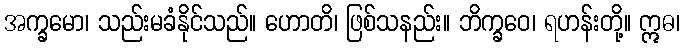
အက္ခမော၊ သည်းမခံနိုင်သည်။ ဟောတိ၊ ဖြစ်သနည်း။ ဘိက္ခဝေ၊ ရဟန်းတို့။ ဣဓ၊